Leaving Certificate Examination (including Day School Certificate (Higher) General paper), 1936
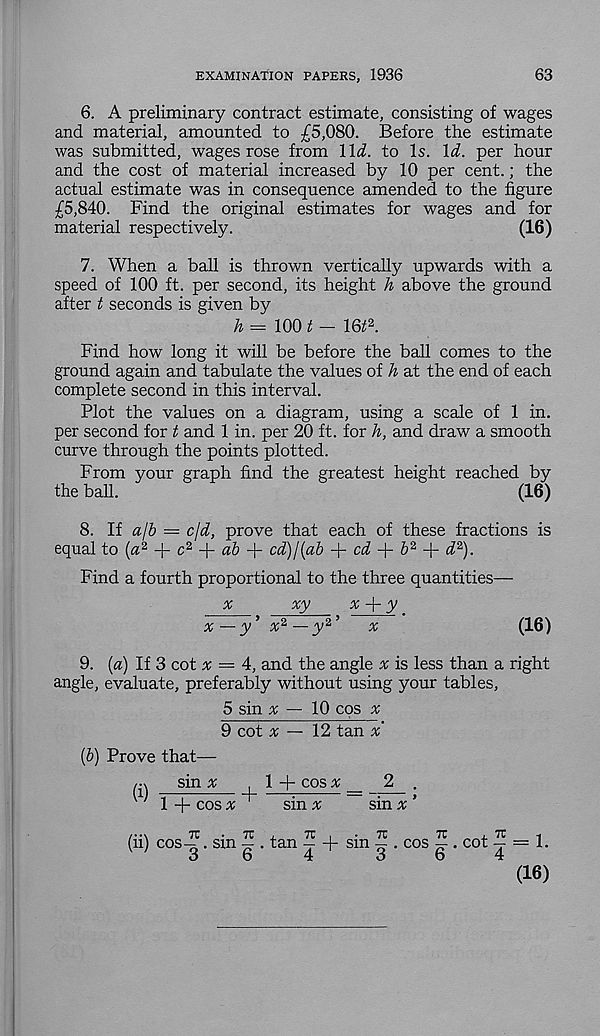
EXAMINATION PAPERS, 1936
63
6. A preliminary contract estimate, consisting of wages
and material, amounted to £5,080. Before the estimate
was submitted, wages rose from \\d. to Is. Id. per hour
and the cost of material increased by 10 per cent.; the
actual estimate was in consequence amended to the figure
£5,840. Find the original estimates for wages and for
material respectively.
(16)
7. When a ball is thrown vertically upwards with a
speed of 100 ft. per second, its height h above the ground
after t seconds is given by
h = 100 t — 16£ 2 .
Find how long it will be before the ball comes to the
ground again and tabulate the values of h at the end of each
complete second in this interval.
Plot the values on a diagram, using a scale of 1 in.
per second for t and 1 in. per 20 ft. for h, and draw a smooth
curve through the points plotted.
From your graph find the greatest height reached by
the ball.
(16)
8. If a/'b — cjd, prove that each of these fractions is
equal to (a 2 + c 2 +
+ cd)l(ab + of +
+ d 2 ).
Find a fourth proportional to the three quantities—
x
xy
x + y
y’ a; 2 —y 2 ’
a;
(16)
9. [a) If 3 cot a: = 4, and the angle a; is less than a right
angle, evaluate, preferably without using your tables,
5 sin a; — 10 cos a;
9 cot a; — 12 tan x'
(6) Prove that—
sin a;
, 1 + cos * _ 2 .
w 1 + cos x'
sin a;
sin x ’
(ii) cos-?. sin ? tan ? + sin ? . cos ? . cot ? — 1.
o
o
4
o
o
4
(16)